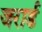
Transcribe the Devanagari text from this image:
जरार्ड